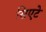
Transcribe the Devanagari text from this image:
सिएटे